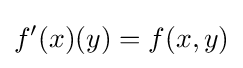
f'(x)(y)=f(x,y)